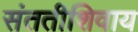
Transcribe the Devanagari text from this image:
संततीशिवाय